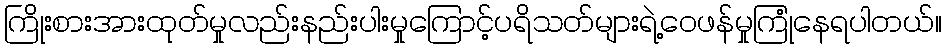
ကြိုးစားအားထုတ်မှုလည်းနည်းပါးမှုကြောင့်ပရိသတ်များရဲ့ဝေဖန်မှုကြုံနေရပါတယ်။